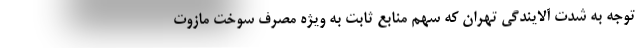
توجه به شدت آلایندگی تهران که سهم منابع ثابت به ویژه مصرف سوخت مازوت